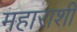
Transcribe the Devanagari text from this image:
महाराशी